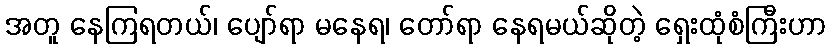
အတူ နေကြရတယ်၊ ပျော်ရာ မနေရ၊ တော်ရာ နေရမယ်ဆိုတဲ့ ရှေးထုံစံကြီးဟာ